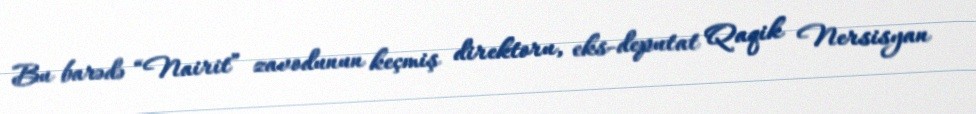
Bu barədə “Nairit” zavodunun keçmiş direktoru, eks-deputat Qaqik Nersisyan